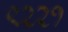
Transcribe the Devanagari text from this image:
९२२१